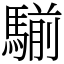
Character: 騚